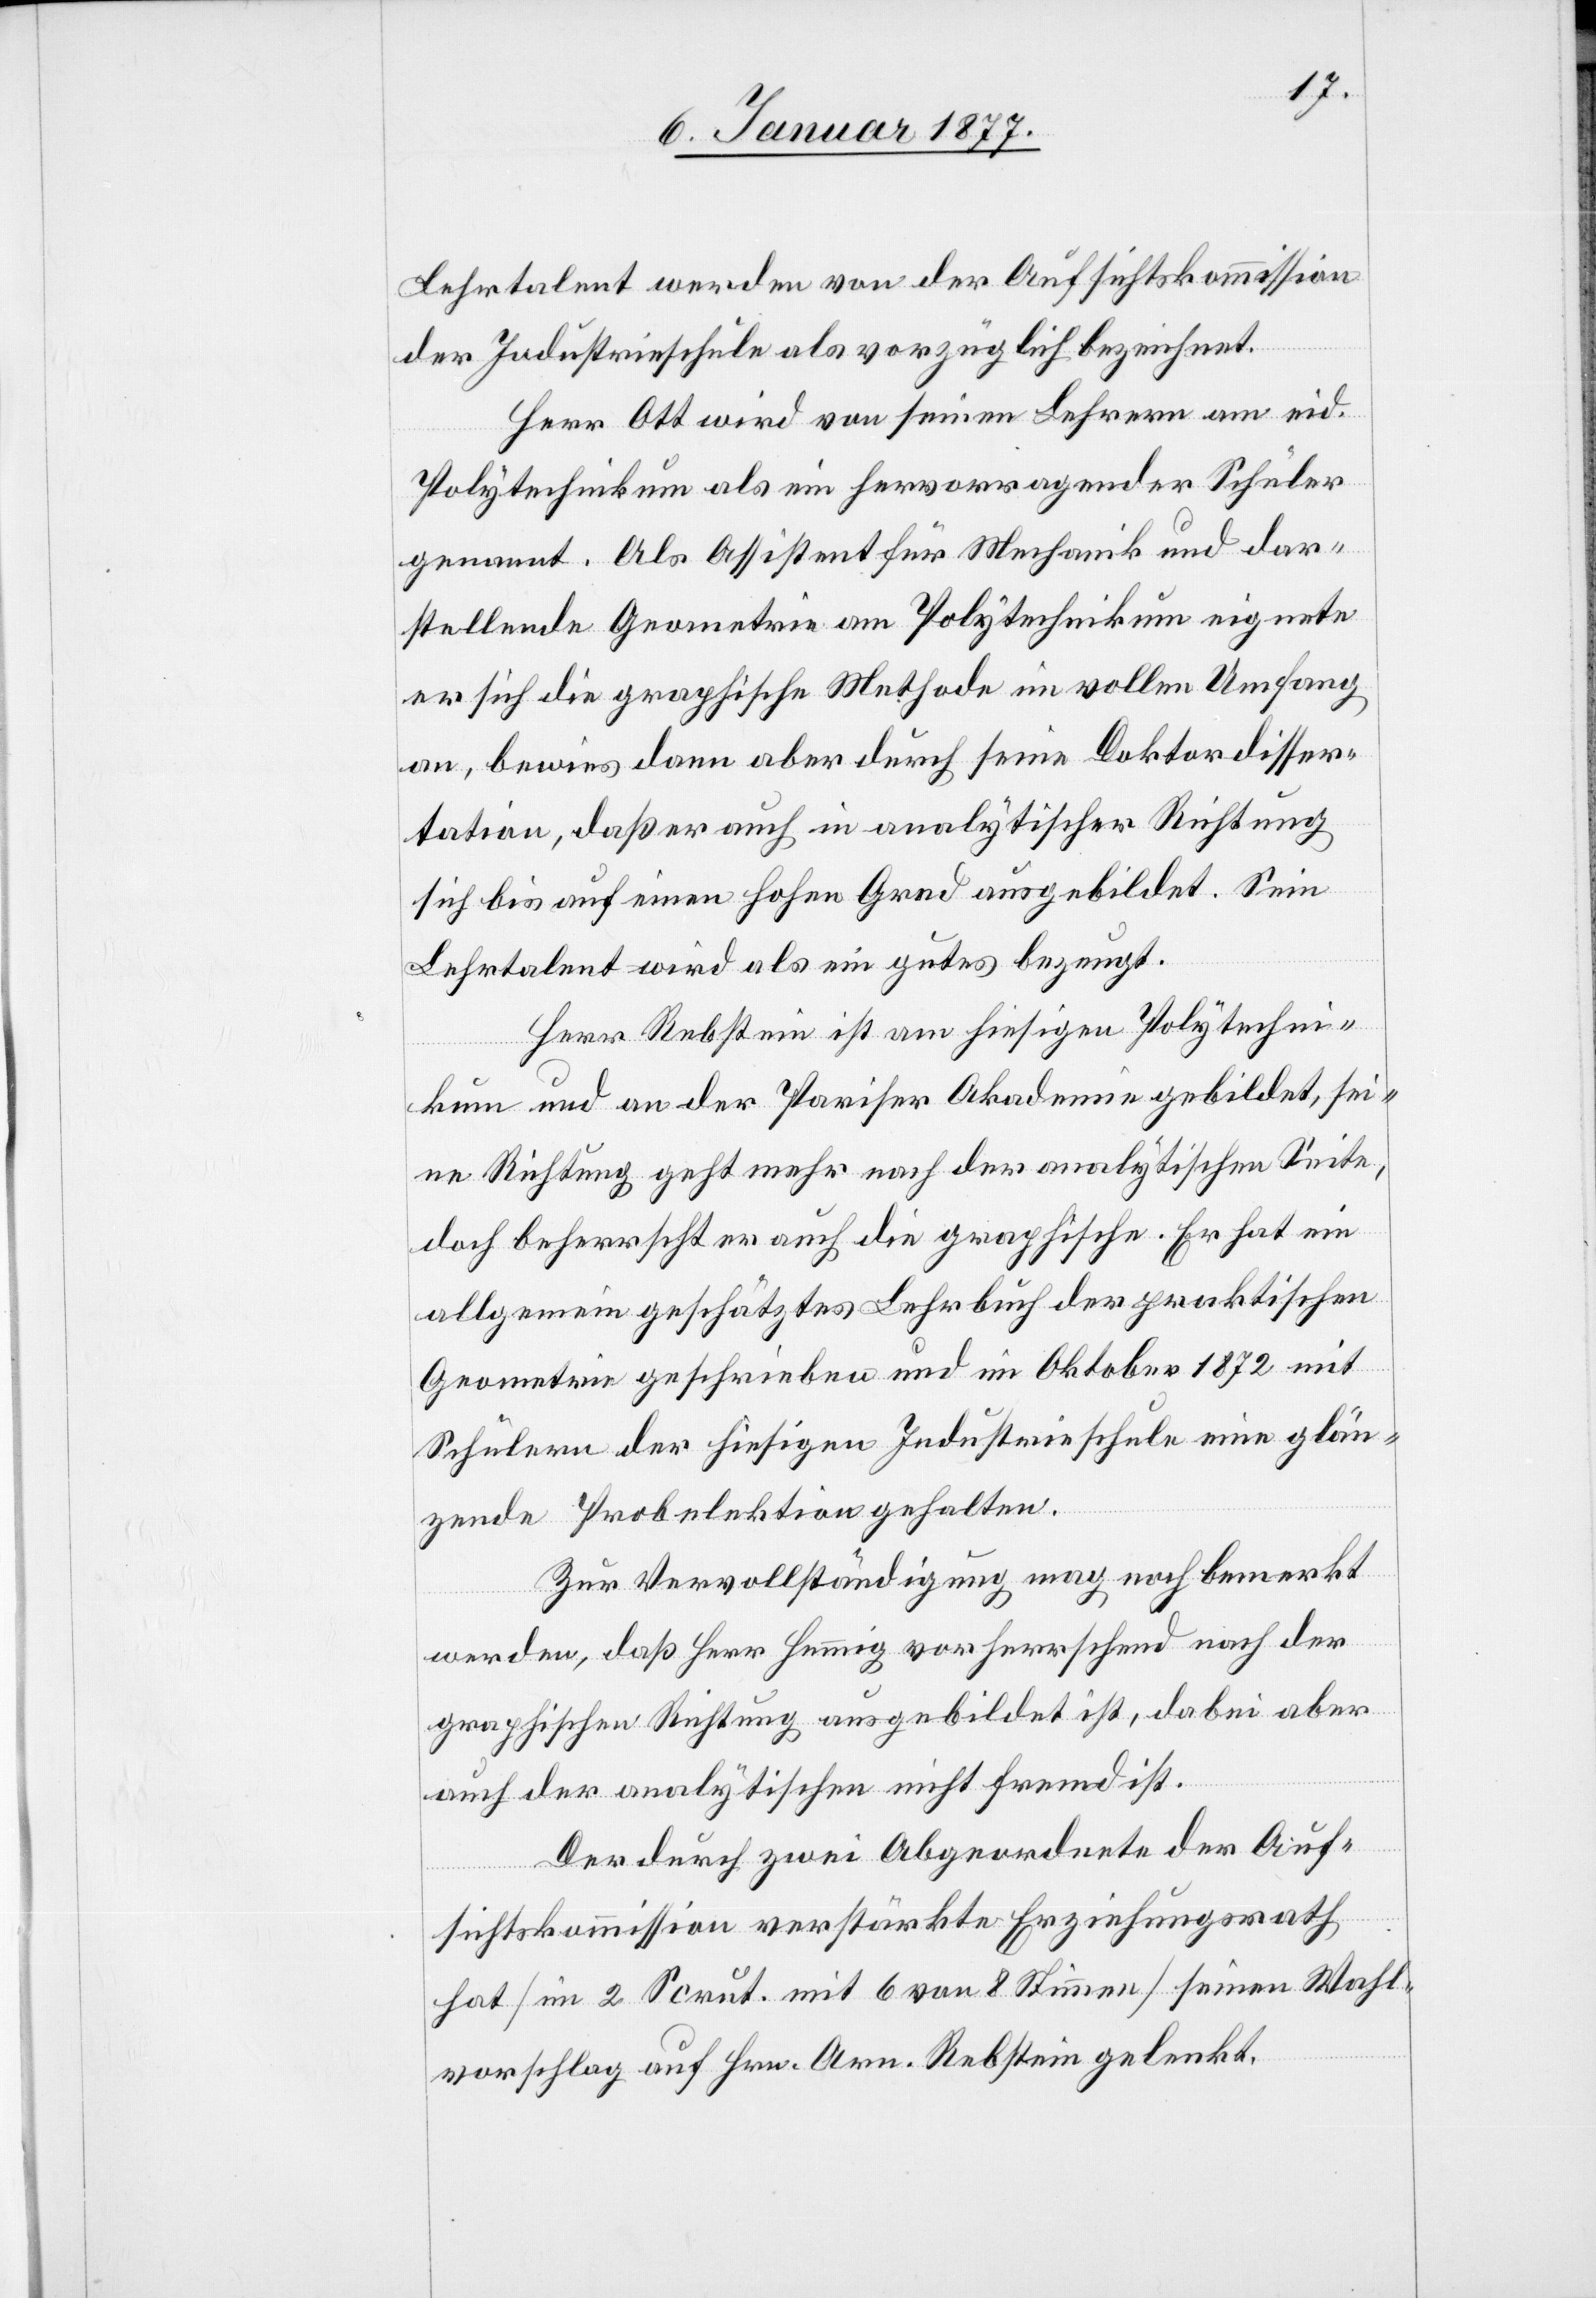
Lehrtalent werden von der Aufsichtskommission
der Industrieschule als vorzüglich bezeichnet.
Herr Ott wird von seinen Lehrern am eid.
Polytechnikum als ein hervorragender Schüler
genannt. Als Assistent für Mechanik und dar¬
stellende Geometrie am Polytechnikum eignete
er sich die graphische Methode im vollen Umfang
an, bewies dann aber durch seine Doktordisser¬
tation, daß er auch in analytischer Richtung
sich bis auf einen hohen Grad ausgebildet. Sein
Lehrtalent wird als ein gutes bezeugt.
Herr Rebstein ist am hiesigen Polytechni¬
kum und an der Pariser Akademie gebildet, sei¬
ne Richtung geht mehr nach der analytischen Seite,
doch beherrscht er auch die graphische. Er hat ein
allgemein geschätztes Lehrbuch der praktischen
Geometrie geschrieben und im Oktober 1872 mit
Schülern der hiesigen Industrieschule eine glän¬
zende Probelektion gehalten.
Zur Vervollständigung mag noch bemerkt
werden, daß Herr Hemmig vorherrschend nach der
graphischen Richtung ausgebildet ist, dabei aber
auch der analytischen nicht fremd ist.
Der durch zwei Abgeordnete der Auf¬
sichtskommission verstärkte Erziehungsrath
hat [im 2 Scrut. mit 6 von 8 Stimmen] seinen Wahl¬
vorschlag auf Hrn. Arn. Rebstein gelenkt.